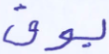
يوق